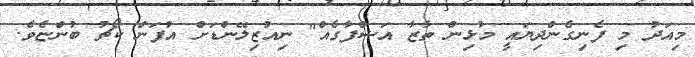
މިއަދު މި ފެނިގެންދިޔައީ މުޅިން ތާޒާ އަޝްފާގެއް" ނިއުޒިލޭންޑަށް އުފަން ކޯޗު ބުންޏެވެ.